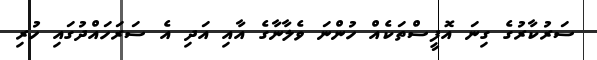
ސަރުކާރުގެ ގިނަ އޮފީސްތަކެއް ހުންނަ ވެލާނާގެ އާއި އަދި އެ ސަރަހައްދުގައި ހުރި